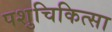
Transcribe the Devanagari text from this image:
पशुचिकित्‍सा